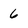
Character: 6